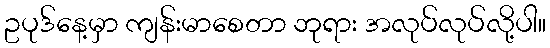
ဥပုဒ်နေ့မှာ ကျန်းမာစေတာ ဘုရား အလုပ်လုပ်လို့ပါ။